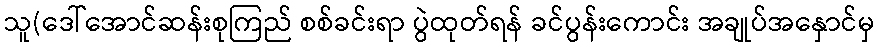
သူ(ဒေါ်အောင်ဆန်းစုကြည် စစ်ခင်းရာ ပွဲထုတ်ရန် ခင်ပွန်းကောင်း အချုပ်အနှောင်မှ